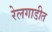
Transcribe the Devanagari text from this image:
रेलगाडीत